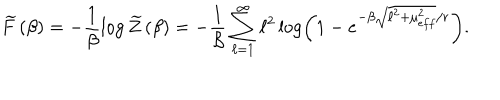
LaTeX: \widetilde { F } \left( \beta \right) = - \frac { 1 } { \beta } \log \widetilde { Z } \left( \beta \right) = - \frac { 1 } { \beta } \sum _ { \ell = 1 } ^ { \infty } \ell ^ { 2 } \log \left( 1 - e ^ { - \beta \sqrt { \ell ^ { 2 } + \mu _ { e f f } ^ { 2 } } / r } \right) .